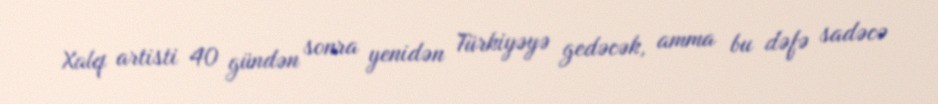
Xalq artisti 40 gündən sonra yenidən Türkiyəyə gedəcək, amma bu dəfə sadəcə